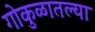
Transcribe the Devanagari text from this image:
गोकुळातल्या